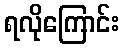
ရလိုကြောင်း